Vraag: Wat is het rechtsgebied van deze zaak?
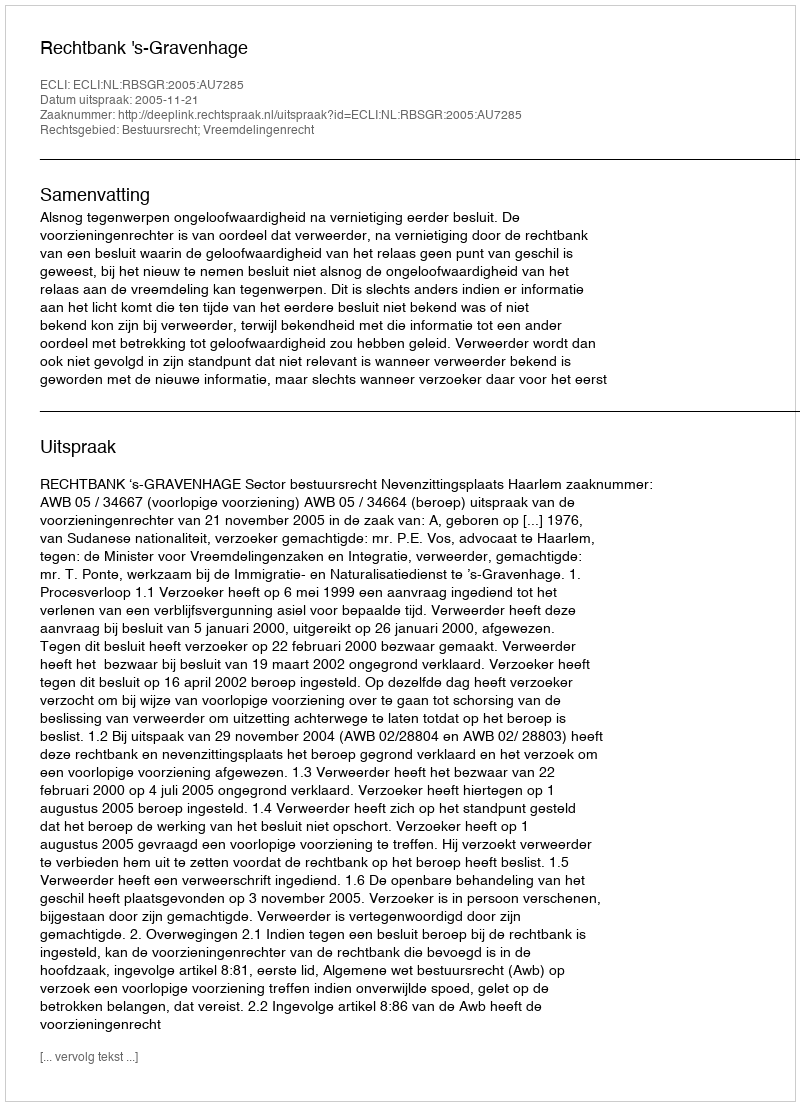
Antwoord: Bestuursrecht; Vreemdelingenrecht